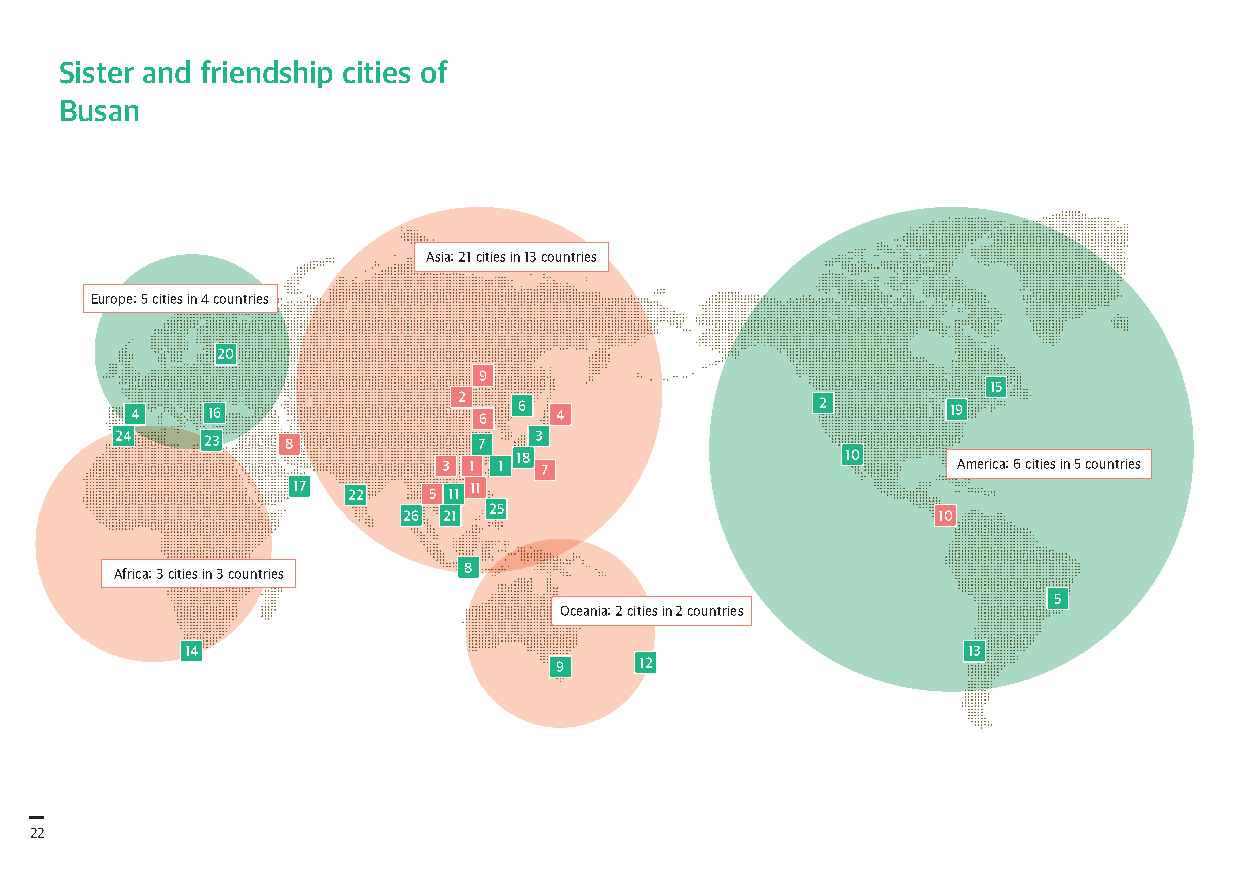
Sister and friendship cities of
 Busan
 Asia: 21 cities in 13 countries
 Europe: 5 cities in 4 countries
 20
 9
 15
 4    16              2 6 6  4                2        19
 24   23    8            7  3
 18                    10
 3 1 1  7                          America: 6 cities in 5 countries
 17          11
 22   5 11
 25
 26 21                              10
 8
 Africa: 3 cities in 3 countries
 5
 Oceania: 2 cities in 2 countries
 14                                                  13
 9    12
 22